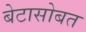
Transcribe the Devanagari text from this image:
बेटासोबत